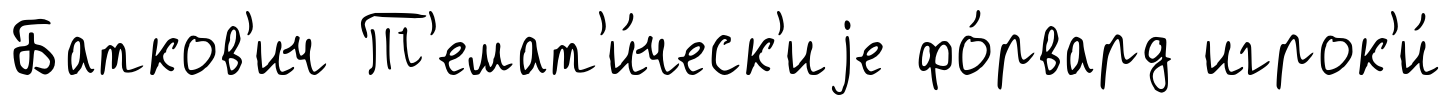
Батков'ич Т'емат'и́ческ'иjе фо́рвард игрок'и́